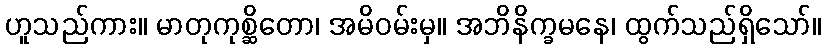
ဟူသည်ကား။ မာတုကုစ္ဆိတော၊ အမိဝမ်းမှ။ အဘိနိက္ခမနေ၊ ထွက်သည်ရှိသော်။